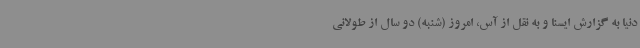
دنیا به گزارش ایسنا و به نقل از آس، امروز (شنبه) دو سال از طولانی